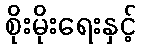
စိုးမိုးရေးနှင့်